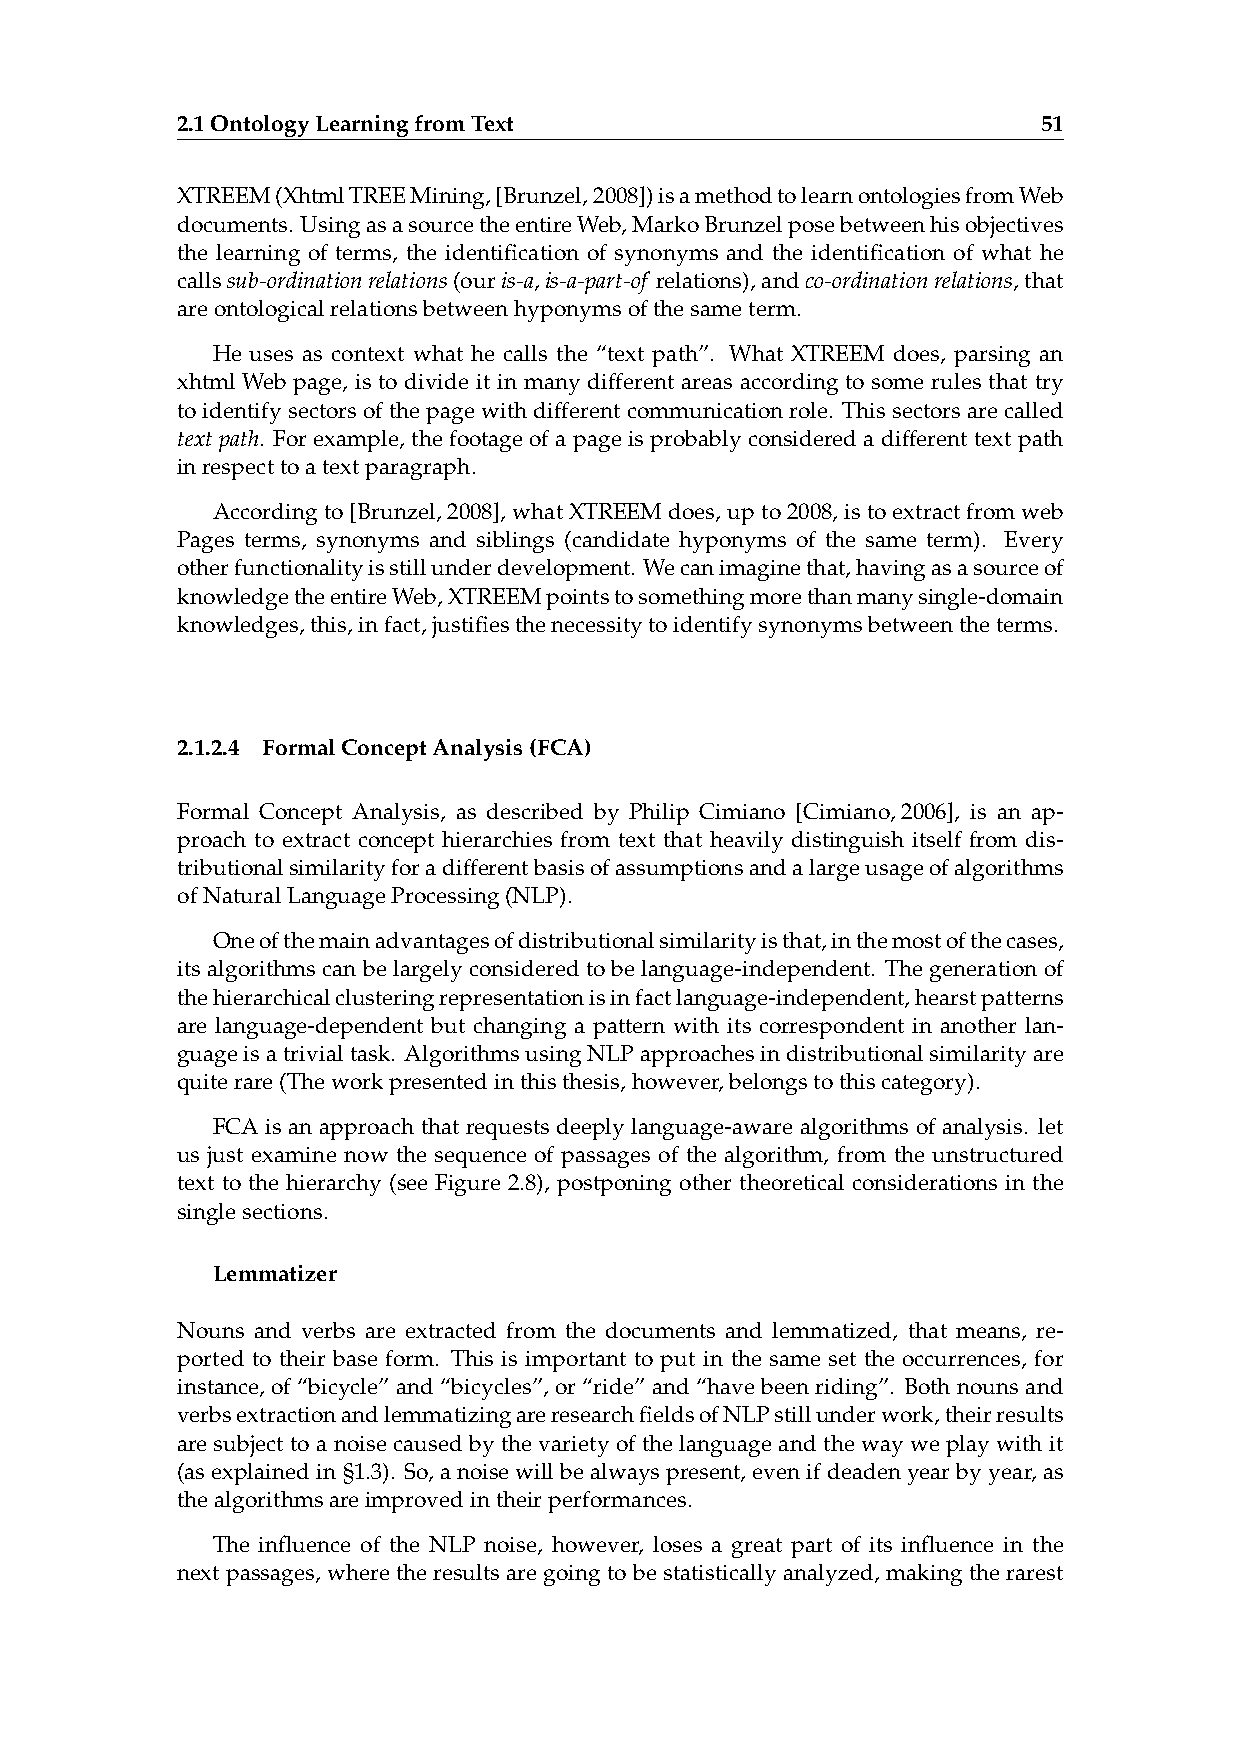
2.1OntologyLearningfromText                              51
 XTREEM(XhtmlTREEMining,[Brunzel,2008])isamethodtolearnontologiesfromWeb
 documents. UsingasasourcetheentireWeb,MarkoBrunzelposebetweenhisobjectives
 the learning of terms, the identification of synonyms and the identification of what he
 callssub-ordinationrelations(ouris-a,is-a-part-of relations),andco-ordinationrelations,that
 areontologicalrelationsbetweenhyponymsofthesameterm.
 He uses as context what he calls the “text path”. What XTREEM does, parsing an
 xhtml Web page, is to divide it in many different areas according to some rules that try
 toidentifysectorsofthepagewithdifferentcommunicationrole. Thissectorsarecalled
 textpath. Forexample, thefootageofapageisprobablyconsideredadifferenttextpath
 inrespecttoatextparagraph.
 Accordingto[Brunzel,2008],whatXTREEMdoes,upto2008,istoextractfromweb
 Pages terms, synonyms and siblings (candidate hyponyms of the same term). Every
 otherfunctionalityisstillunderdevelopment. Wecanimaginethat,havingasasourceof
 knowledgetheentireWeb,XTREEMpointstosomethingmorethanmanysingle-domain
 knowledges,this,infact,justifiesthenecessitytoidentifysynonymsbetweentheterms.
 2.1.2.4 FormalConceptAnalysis(FCA)
 Formal Concept Analysis, as described by Philip Cimiano [Cimiano,2006], is an ap-
 proach to extract concept hierarchies from text that heavily distinguish itself from dis-
 tributionalsimilarityforadifferentbasisofassumptionsandalargeusageofalgorithms
 ofNaturalLanguageProcessing(NLP).
 Oneofthemainadvantagesofdistributionalsimilarityisthat,inthemostofthecases,
 its algorithms can be largely considered to be language-independent. The generation of
 thehierarchicalclusteringrepresentationisinfactlanguage-independent,hearstpatterns
 are language-dependent but changing a pattern with its correspondent in another lan-
 guageisatrivialtask. AlgorithmsusingNLPapproachesindistributionalsimilarityare
 quiterare(Theworkpresentedinthisthesis,however,belongstothiscategory).
 FCA is an approach that requests deeply language-aware algorithms of analysis. let
 us just examine now the sequence of passages of the algorithm, from the unstructured
 text to the hierarchy (see Figure 2.8), postponing other theoretical considerations in the
 singlesections.
 Lemmatizer
 Nouns and verbs are extracted from the documents and lemmatized, that means, re-
 ported to their base form. This is important to put in the same set the occurrences, for
 instance, of“bicycle”and“bicycles”, or“ride”and“havebeenriding”. Bothnounsand
 verbsextractionandlemmatizingareresearchfieldsofNLPstillunderwork,theirresults
 are subject to a noise caused by the variety of the language and the way we play with it
 (asexplainedin§1.3). So,anoisewillbealwayspresent,evenifdeadenyearbyyear,as
 thealgorithmsareimprovedintheirperformances.
 The influence of the NLP noise, however, loses a great part of its influence in the
 nextpassages, wheretheresultsaregoingtobestatisticallyanalyzed, makingtherarest